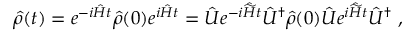
\hat { \rho } ( t ) = e ^ { - i \hat { H } t } \hat { \rho } ( 0 ) e ^ { i \hat { H } t } = \hat { \cal { U } } e ^ { - i \hat { \widetilde { H } } t } \hat { \cal U } ^ { \dagger } \hat { \rho } ( 0 ) \hat { \cal { U } } e ^ { i \hat { \widetilde { H } } t } \hat { \cal { U } } ^ { \dagger } \ ,